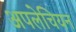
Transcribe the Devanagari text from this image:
अपलेचियन